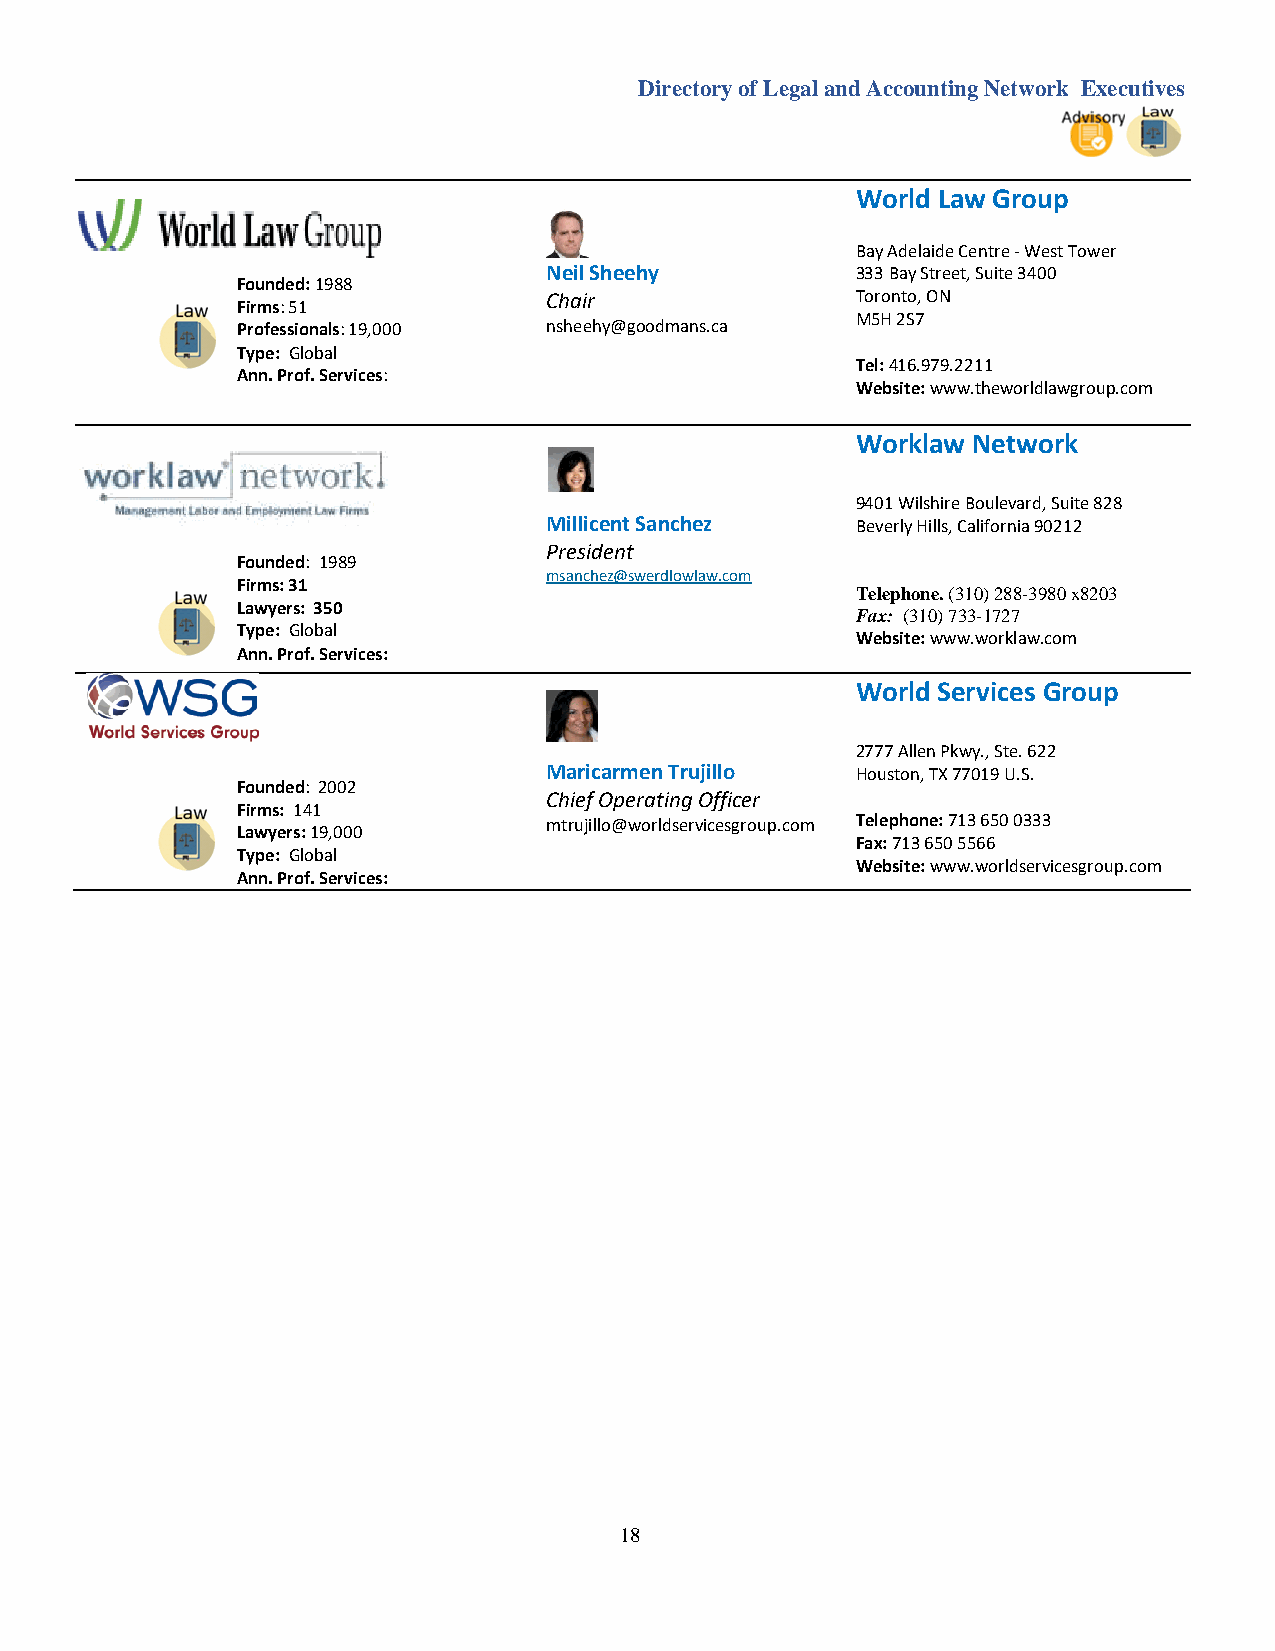
Directory of Legal and Accounting Network Executives
 World Law Group
 Bay Adelaide Centre - West Tower
 Neil Sheehy          333 Bay Street, Suite 3400
 Founded: 1988
 Chair                Toronto, ON
 Firms: 51
 Professionals: 19,000 nsheehy@goodmans.ca
 M5H 2S7
 Type: Global
 Ann. Prof. Services:
 Tel: 416.979.2211
 Website: www.theworldlawgroup.com
 Worklaw Network
 9401 Wilshire Boulevard, Suite 828
 Millicent Sanchez    Beverly Hills, California 90212
 President
 Founded: 1989
 msanchez@swerdlowlaw.com
 Firms: 31
 Telephone. (310) 288-3980 x8203
 Lawyers: 350
 Fax: (310) 733-1727
 Type: Global
 Website: www.worklaw.com
 Ann. Prof. Services:
 World Services Group
 2777 Allen Pkwy., Ste. 622
 Maricarmen Trujillo  Houston, TX 77019 U.S.
 Founded: 2002
 Chief Operating Officer
 Firms: 141
 mtrujillo@worldservicesgroup.com Telephone: 713 650 0333
 Lawyers: 19,000
 Fax: 713 650 5566
 Type: Global
 Website: www.worldservicesgroup.com
 Ann. Prof. Services:
 18